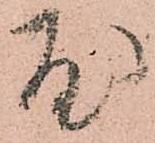
屋